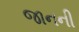
જાનની